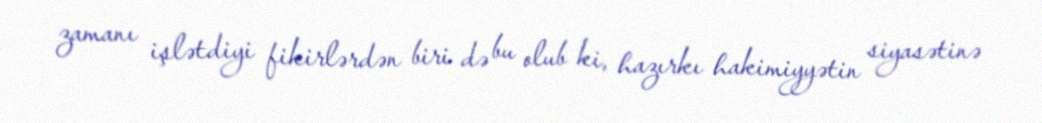
zamanı işlətdiyi fikirlərdən biri də bu olub ki, hazırkı hakimiyyətin siyasətinə